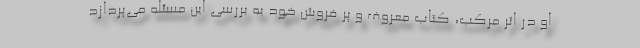
او در اثر مرکب، کتاب معروف و پر‌ فروش خود به بررسی این مسئله می‌پردازد